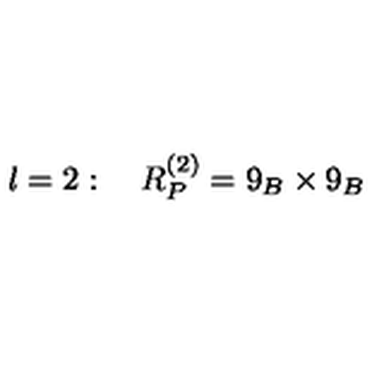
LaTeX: l = 2 : \quad R _ { P } ^ { ( 2 ) } = 9 _ { B } \times 9 _ { B }